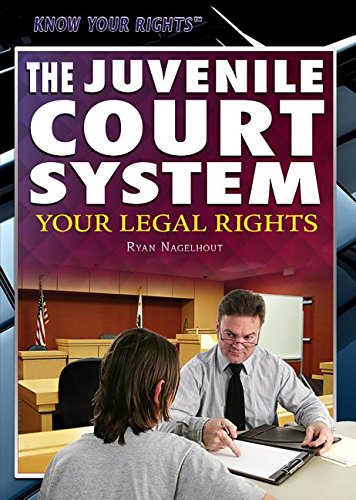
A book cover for The Juvenile Court System: Your Legal Rights (Know Your Rights); Richard Barrington; Teen & Young Adult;